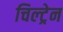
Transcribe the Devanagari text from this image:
चिल्ट्रेन